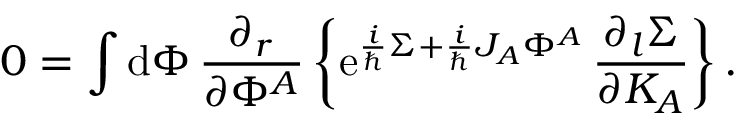
0 = \int \mathrm { d } \Phi \, { \frac { \partial _ { r } } { \partial \Phi ^ { A } } } \left\{ \mathrm { e } ^ { { \frac { i } { \hbar } } \Sigma + { \frac { i } { \hbar } } J _ { A } \Phi ^ { A } } \, { \frac { \partial _ { l } \Sigma } { \partial K _ { A } } } \right\} .